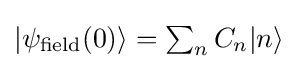
{\textstyle |\psi _{\text{field}}(0)\rangle =\sum _{n}{C_{n}|n\rangle }}